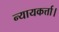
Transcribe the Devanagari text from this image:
न्यायकर्त्ता।